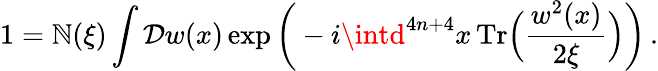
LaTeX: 1=\mathbb{N}(\xi)\int\mathcal{{D}}w(x)\exp\bigg(-i\intd^{4n+4}x\, \mathrm{{Tr}}\Big(\frac{{w^{2}(x)}}{{2\xi}}\Big)\bigg)\, .